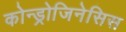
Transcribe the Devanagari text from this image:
कोन्ड्रोजिनेसिस